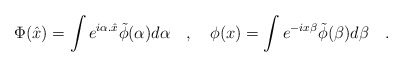
\begin{align*} \Phi(\hat x) = \int e^{i\alpha.\hat x} \tilde\phi(\alpha) d\alpha \quad , \quad \phi(x) = \int e^{- ix\beta}\tilde \phi (\beta) d\beta \quad .\end{align*}